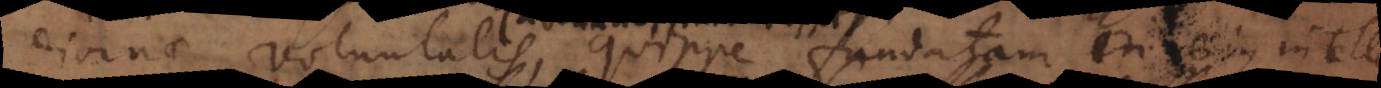
divinae voluntatis, quippe fundatam in